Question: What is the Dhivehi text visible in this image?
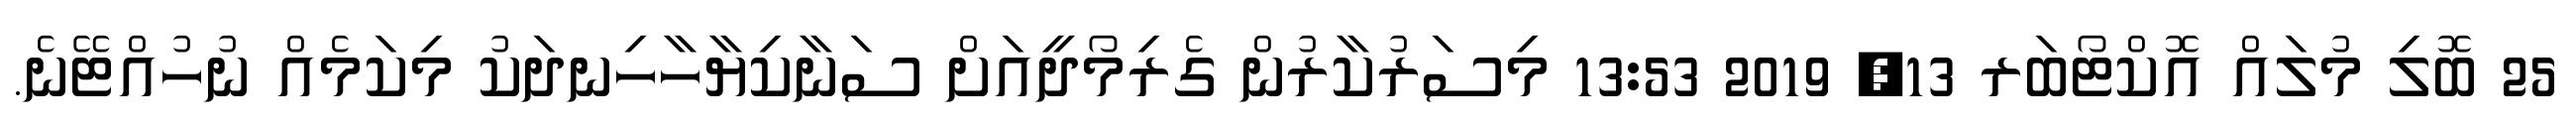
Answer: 25 ބޮލި މުލައް އޮކްޓޯބަރ 13, 2019 13:53 މިސަރުކާރުން ގެރިމޯދީއަށް ސަނާކިޔާހާހިނދަކު މިކަމެއް ނުހުއްޓޭނެ.